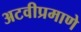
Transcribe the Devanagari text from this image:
अटवीप्रमाणे